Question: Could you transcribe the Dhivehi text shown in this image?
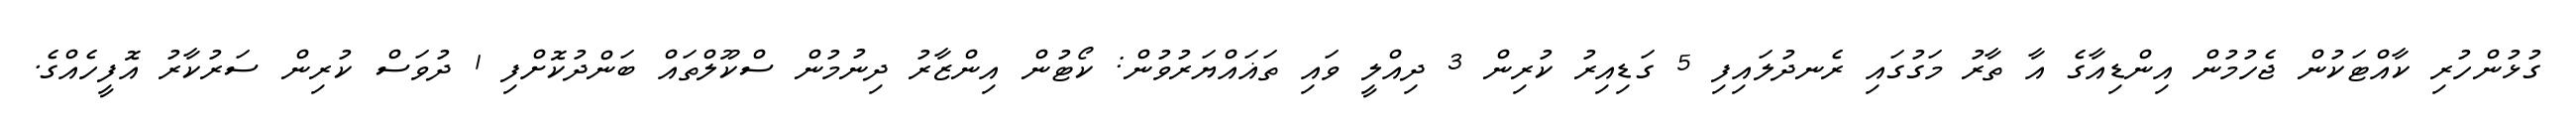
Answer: ގުޅުންހުރި ކާއްޓަކުން ޖެހުމުން އިންޑިއާގެ އާ ތާރު މަގުގައި ރެނދުލައިފި 5 ގަޑިއިރު ކުރިން 3 ދިއްލީ ވައި ތަޣައްޔަރުވުން: ކޯޓުން އިންޒާރު ދިނުމުން ސްކޫލްތައް ބަންދުކޮށްފި 1 ދުވަސް ކުރިން ސަރުކާރު އޮފީހެއްގެ.